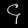
Digit: ၄